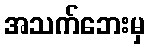
အသက်ဘေးမှ